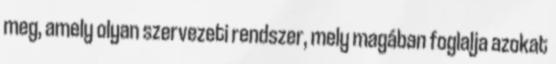
meg, amely olyan szervezeti rendszer, mely magában foglalja azokat